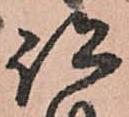
跡